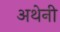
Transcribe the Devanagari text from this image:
अथेनी